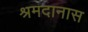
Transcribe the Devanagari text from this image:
श्रमदानास